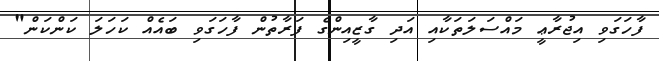
ފާހަގަވި އިޖުރާޢީ މައްސަލަތަކާއި އަދި ގާޒީއިންގެ ފަރާތުން ފާހަގަވި ބައެއް ކަހަލަ ކަންކަން"